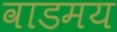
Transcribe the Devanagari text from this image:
वाडमय